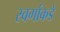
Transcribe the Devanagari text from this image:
स्वर्गाकडे